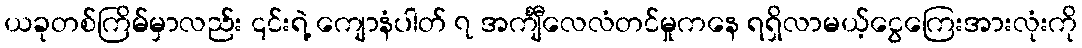
ယခုတစ်ကြိမ်မှာလည်း ၎င်းရဲ့ ကျောနံပါတ် ၇ အင်္ကျီလေလံတင်မှုကနေ ရရှိလာမယ့်ငွေကြေးအားလုံးကို